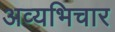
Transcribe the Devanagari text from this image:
अव्यभिचार